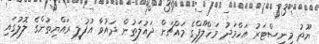
ޔޫތު މިނިސްޓަރު އަހްމަދު މަހްލޫފްގެ މައްޗަށް ދައުލަތުން ދައުވާ އުފުލީ ރައްޔިތުންގެ ލޮލުގައި